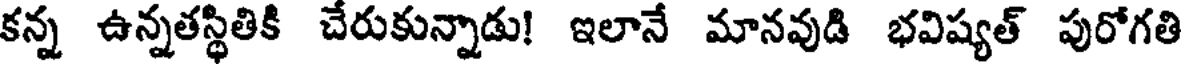
కన్న ఉన్నతస్థితికి చేరుకున్నాడు! ఇలానే మానవుడి భవిష్యత్ పురోగతి